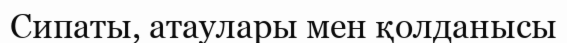
Сипаты, атаулары мен қолданысы